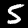
Digit: 5